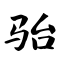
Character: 骀